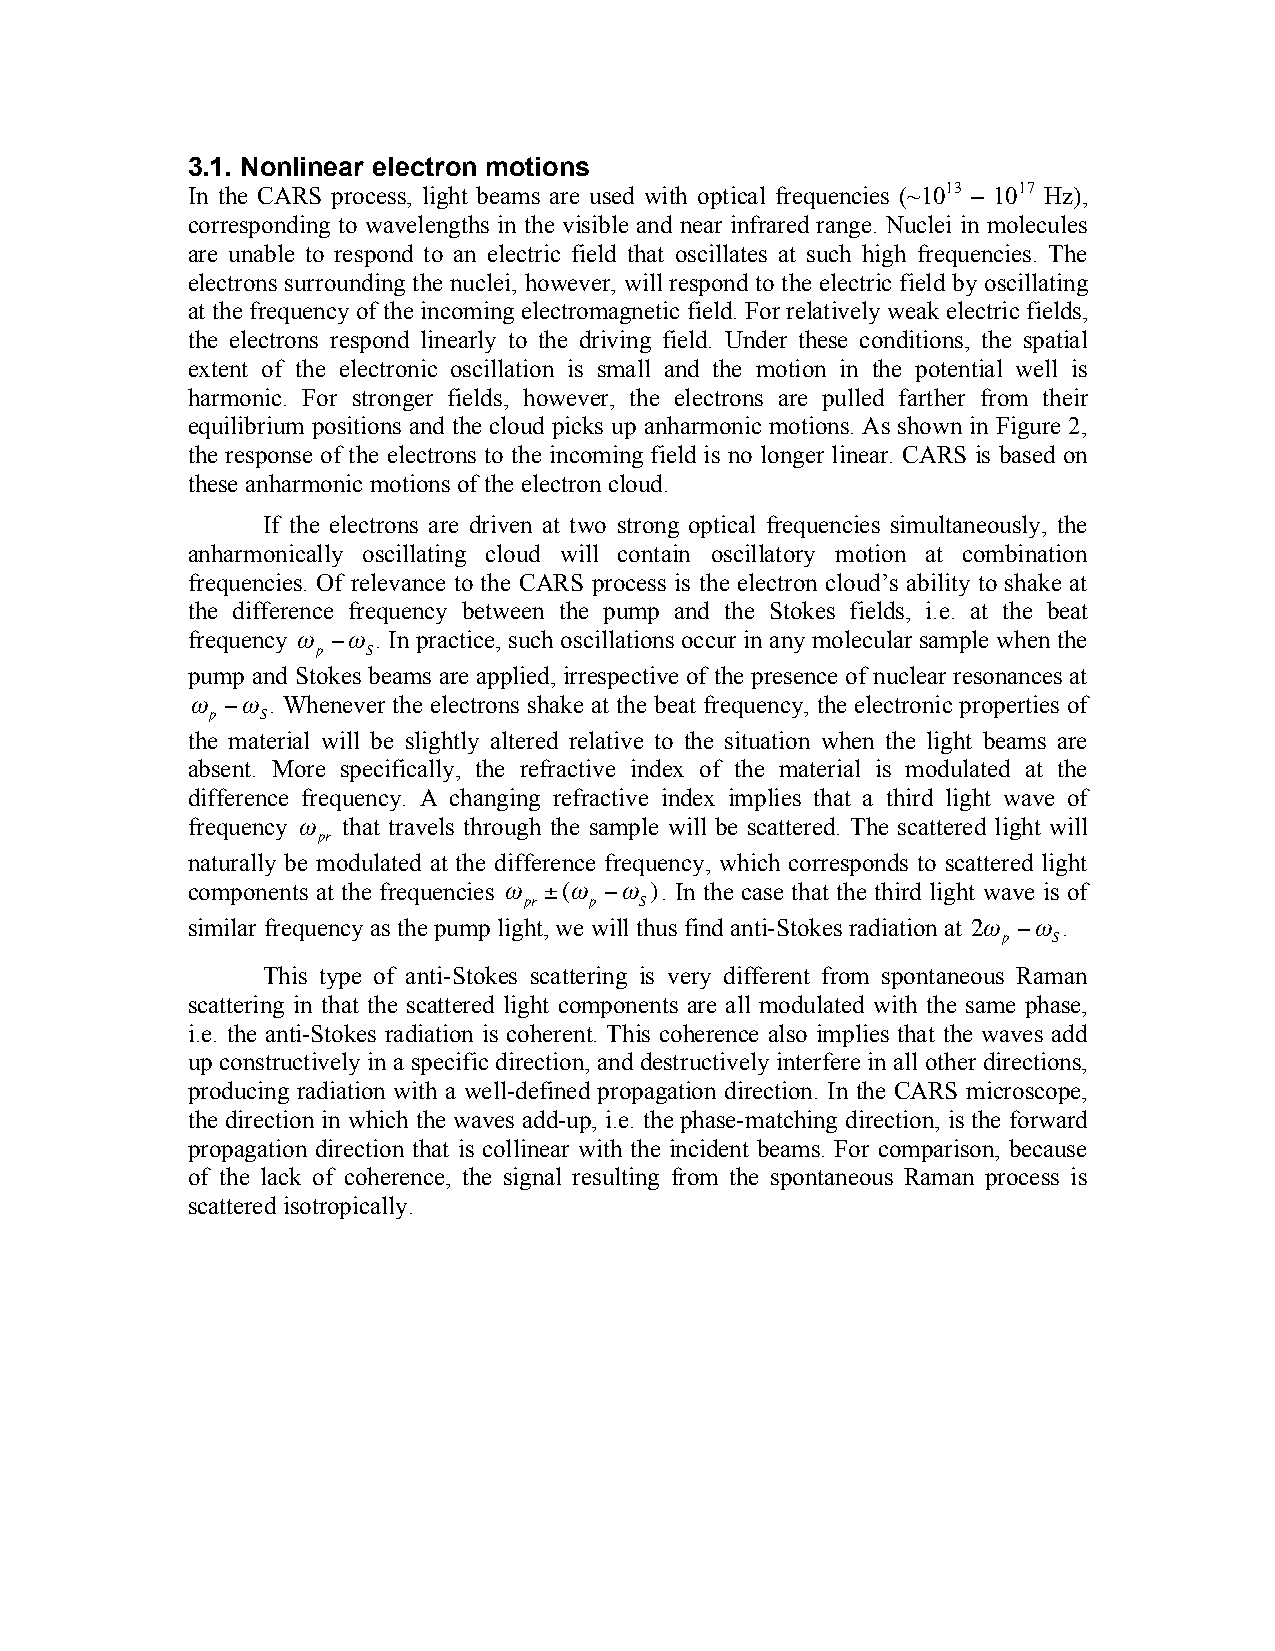
3.1. Nonlinear electron motions
 In the CARS process, light beams are used with optical frequencies (~1013 – 1017 Hz),
 corresponding to wavelengths in the visible and near infrared range. Nuclei in molecules
 are unable to respond to an electric field that oscillates at such high frequencies. The
 electrons surrounding the nuclei, however, will respond to the electric field by oscillating
 at the frequency of the incoming electromagnetic field. For relatively weak electric fields,
 the electrons respond linearly to the driving field. Under these conditions, the spatial
 extent of the electronic oscillation is small and the motion in the potential well is
 harmonic. For stronger fields, however, the electrons are pulled farther from their
 equilibrium positions and the cloud picks up anharmonic motions. As shown in Figure 2,
 the response of the electrons to the incoming field is no longer linear. CARS is based on
 these anharmonic motions of the electron cloud.
 If the electrons are driven at two strong optical frequencies simultaneously, the
 anharmonically oscillating cloud will contain oscillatory motion at combination
 frequencies. Of relevance to the CARS process is the electron cloud’s ability to shake at
 the difference frequency between the pump and the Stokes fields, i.e. at the beat
 frequency " #" . In practice, such oscillations occur in any molecular sample when the
 p  S
 pump and Stokes beams are applied, irrespective of the presence of nuclear resonances at
 "  #" . Whenever the electrons shake at the beat frequency, the electronic properties of
 p  S
 the material will be slightly altered relative to the situation when the light beams are
 !
 absent. More specifically, the refractive index of the material is modulated at the
 difference frequency. A changing refractive index implies that a third light wave of
 !
 frequency " that travels through the sample will be scattered. The scattered light will
 pr
 naturally be modulated at the difference frequency, which corresponds to scattered light
 components at the frequencies " ±(" #" ). In the case that the third light wave is of
 pr  p  S
 similar frequency as the pump light, we will thus find anti-Stokes radiation at 2" #" .
 !                                                    p   S
 This type of anti-Stokes scattering is very different from spontaneous Raman
 scattering in that the !sc attered light components are all modulated with the same phase,
 i.e. the anti-Stokes radiation is coherent. This coherence also implies that the waves add
 !
 up constructively in a specific direction, and destructively interfere in all other directions,
 producing radiation with a well-defined propagation direction. In the CARS microscope,
 the direction in which the waves add-up, i.e. the phase-matching direction, is the forward
 propagation direction that is collinear with the incident beams. For comparison, because
 of the lack of coherence, the signal resulting from the spontaneous Raman process is
 scattered isotropically.